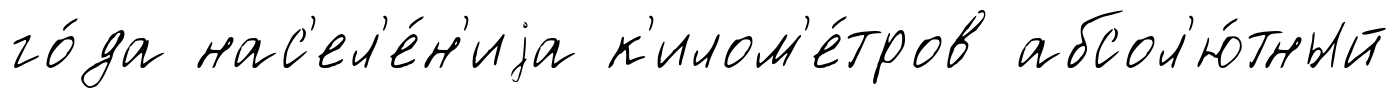
го́да нас'ел'е́н'иjа к'илом'е́тров абсол'ю́тный